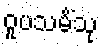
ဝူပသမိံသု